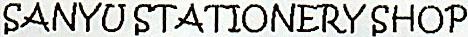
SANYU STATIONERY SHOP